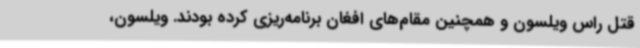
قتل راس ویلسون و همچنین مقام‌های افغان برنامه‌ریزی کرده بودند. ویلسون،